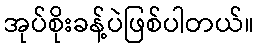
အုပ်စိုးခန့်ပဲဖြစ်ပါတယ်။